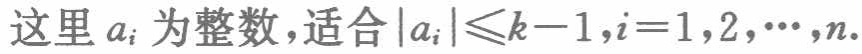
这里 \(a_{i}\) 为整数，适合\(\vert a_{i}\vert\leqslant k - 1,i = 1,2,\cdots,n\)